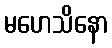
မဟေသိနော